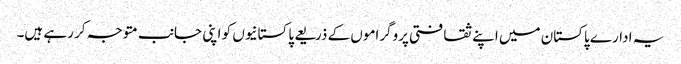
یہ ادارے پاکستان میں اپنے ثقافتی پروگراموں کے ذریعے پاکستانیوں کو اپنی جانب متوجہ کر رہے ہیں۔